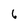
Character: 6